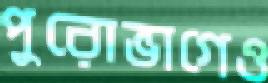
পুরোভাগেও